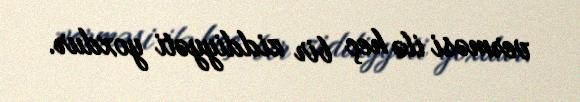
verməsi ilə heç bir ziddiyyəti yoxdur.